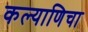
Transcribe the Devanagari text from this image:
कल्याणिचा